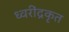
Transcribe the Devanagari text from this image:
ध्वरींद्रकृत